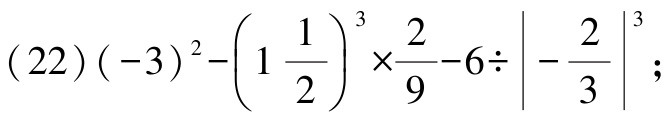
\((22)(-3)^{2}-\left(1\frac{1}{2}\right)^{3}\times\frac{2}{9}-6\div\left|-\frac{2}{3}\right|^{3};\)